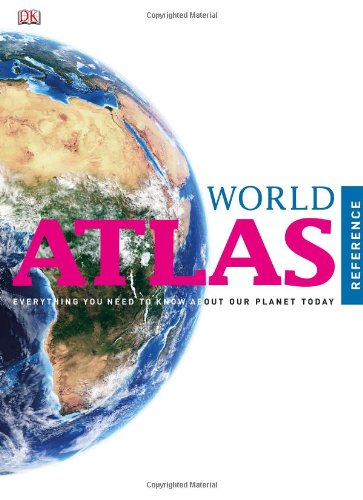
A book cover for Reference World Atlas (Dk World Atlas); DK Publishing; Reference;